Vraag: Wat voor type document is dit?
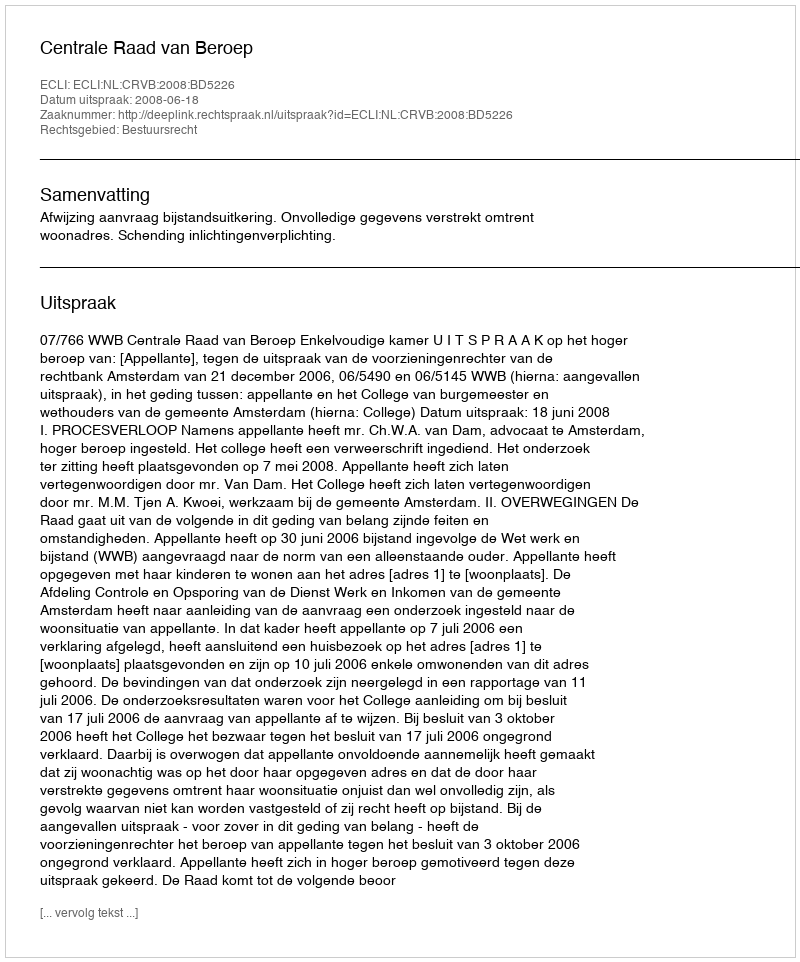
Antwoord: Uitspraak